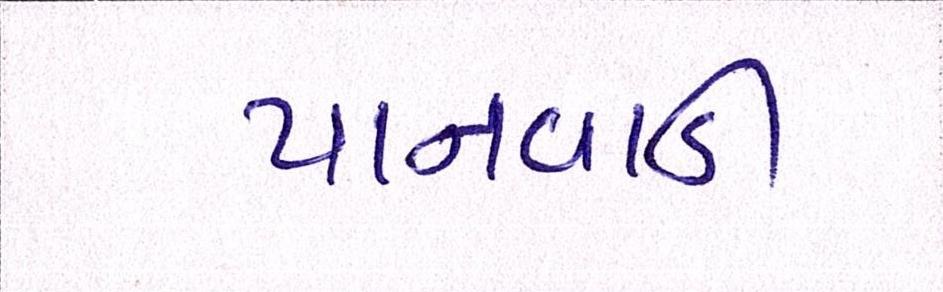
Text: પાનવાડી